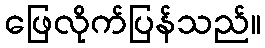
ဖြေလိုက်ပြန်သည်။